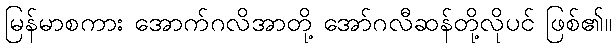
မြန်မာစကား အောက်ဂလိအာတို့ အော်ဂလီဆန်တို့လိုပင် ဖြစ်၏။